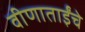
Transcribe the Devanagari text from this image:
वीणाताईंचे